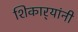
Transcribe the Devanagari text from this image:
शिकार्‍यांनी